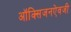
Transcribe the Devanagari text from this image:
ऑक्सिजनऐवजी